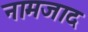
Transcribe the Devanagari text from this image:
नामजाद